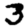
Digit: 3